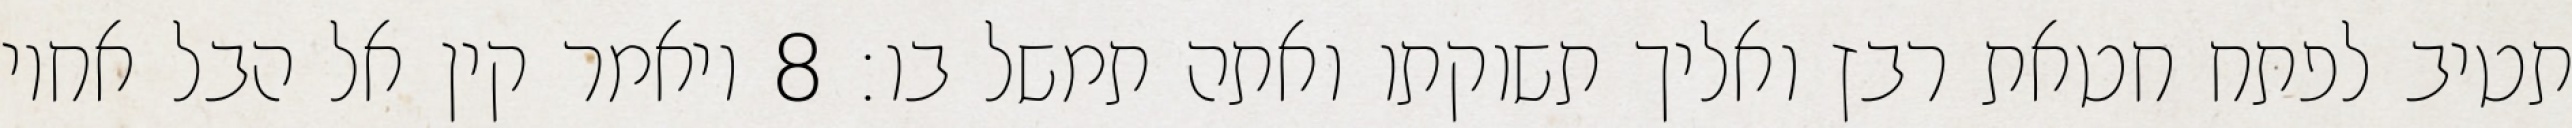
תטיב לפתח חטאת רבץ ואליך תשוקתו ואתה תמשל בו׃ ‎8‏ ויאמר קין אל הבל אחיו